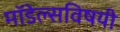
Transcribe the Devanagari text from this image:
मॉडेल्सविषयी